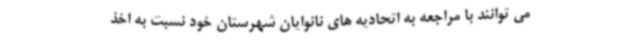
می توانند با مراجعه به اتحادیه های نانوایان شهرستان خود نسبت به اخذ